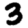
Digit: 3